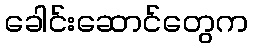
ခေါင်းဆောင်တွေက